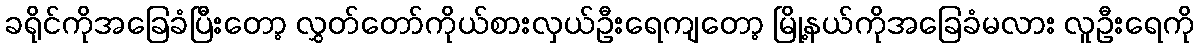
ခရိုင်ကိုအခြေခံပြီးတော့ လွှတ်တော်ကိုယ်စားလှယ်ဦးရေကျတော့ မြို့နယ်ကိုအခြေခံမလား လူဦးရေကို